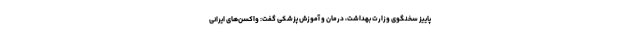
پاییز سخنگوی وزارت بهداشت، درمان و آموزش پزشکی گفت: واکسن‌های ایرانی